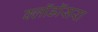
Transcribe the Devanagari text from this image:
क्लॉडॉसरा